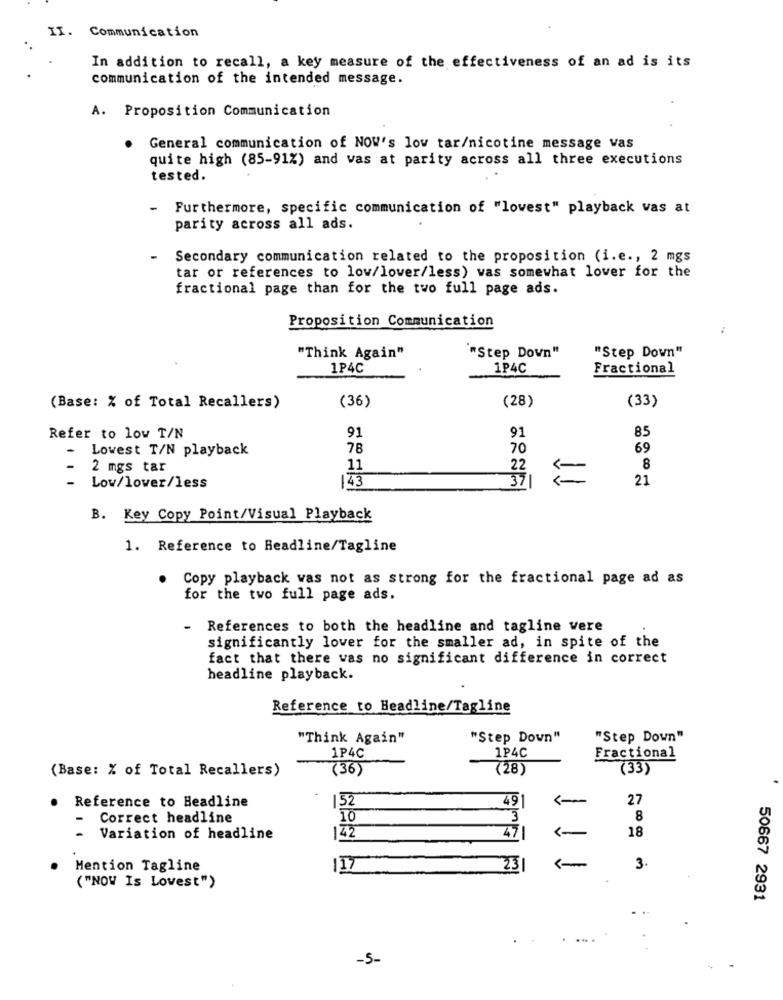
II. Communication
In addition to recall, a key measure of the effectiveness of an ad is its
communication of the intended message.
A. Proposition Communication
General communication of NOW's low tar/nicotine message vas
quite high (85-91%) and vas at parity across all three executions
tested.
-
Furthermore, specific communication of "lowest" playback vas at
parity across all ads.
Secondary communication related to the proposition (i.e ., 2 mgs
tar or references to low/lover/less) was somewhat lover for the
fractional page than for the two full page ads.
Proposition Communication
"Step Down"
"Think Again"
""Step Down"
1P4C
1P4C
Fractional
(36)
(28)
(33)
(Base: % of Total Recallers)
91
91
85
Refer to low T/N
Lowest T/N playback
78
70
69
2 mgs tar
11
22
8
143
37
21
Low/lover/less
B. Key Copy Point/Visual Playback
1. Reference to Headline/Tagline
Copy playback was not as strong for the fractional page ad as
for the two full page ads.
-
References to both the headline and tagline were
significantly lover for the smaller ad, in spite of the
fact that there was no significant difference in correct
headline playback.
Reference to Headline/Tagline
"Think Again"
"Step Down"
"Step Down"
1P4C
1P4C
Fractional
(Base: % of Total Recallers)
(36)
(28)
(33)
491
27
Reference to Headline
152
-
Correct headline
10
3
8
471
18
-
Variation of headline
142
Mention Tagline
117
23/
3.
( "NOW Is Lovest")
50667 2931
...
-5-